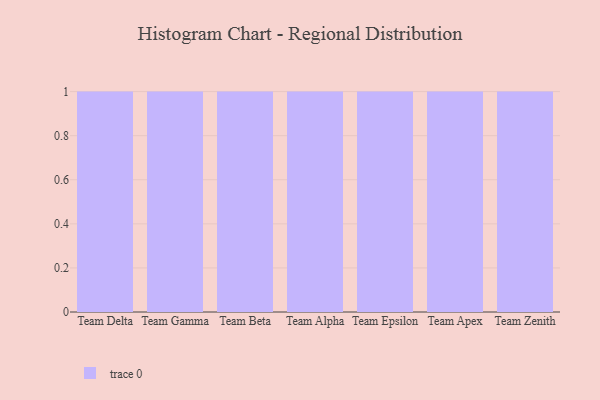
{"axis": {"x": "Team", "y": "Bounce Rate (%)"}, "legend": [""], "data": [{"x": "Team Delta", "y": 7, "type": ""}, {"x": "Team Gamma", "y": 45, "type": ""}, {"x": "Team Beta", "y": 98, "type": ""}, {"x": "Team Alpha", "y": 53, "type": ""}, {"x": "Team Epsilon", "y": 94, "type": ""}, {"x": "Team Apex", "y": 67, "type": ""}, {"x": "Team Zenith", "y": 29, "type": ""}]}